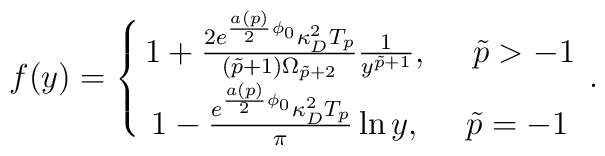
f(y)=\left\{\matrix{1+{{2e^{{{a(p)}\over 2}\phi_0}\kappa^2_DT_p}\over{(\tilde{p}+1)\Omega_{\tilde{p}+2}}}{1\over{y^{\tilde{p}+1}}}, \ \ \ \ \tilde{p}>-1 \cr1-{{e^{{{a(p)}\over 2}\phi_0}\kappa^2_DT_p}\over \pi}\ln y, \ \ \ \ \tilde{p}=-1}\right..